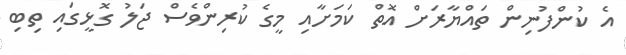
އެ ކުންފުނިން ތައްޔާރަށް އޮތް ކަމަށާއި މީގެ ކުރިންވެސް ޖަލު ގޮޅީގައި ތިބި